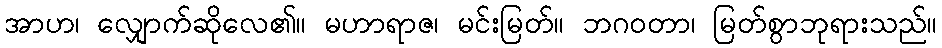
အာဟ၊ လျှောက်ဆိုလေ၏။ မဟာရာဇ၊ မင်းမြတ်။ ဘဂဝတာ၊ မြတ်စွာဘုရားသည်။